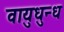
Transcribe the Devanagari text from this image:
वायुधुन्ध